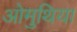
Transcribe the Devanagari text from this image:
ओमुथिया